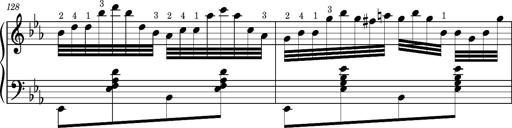
Title: Magyar rapszÃ³diÃ¡k
Composer: Franz Liszt